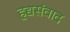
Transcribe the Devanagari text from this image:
हद्यसंवाद